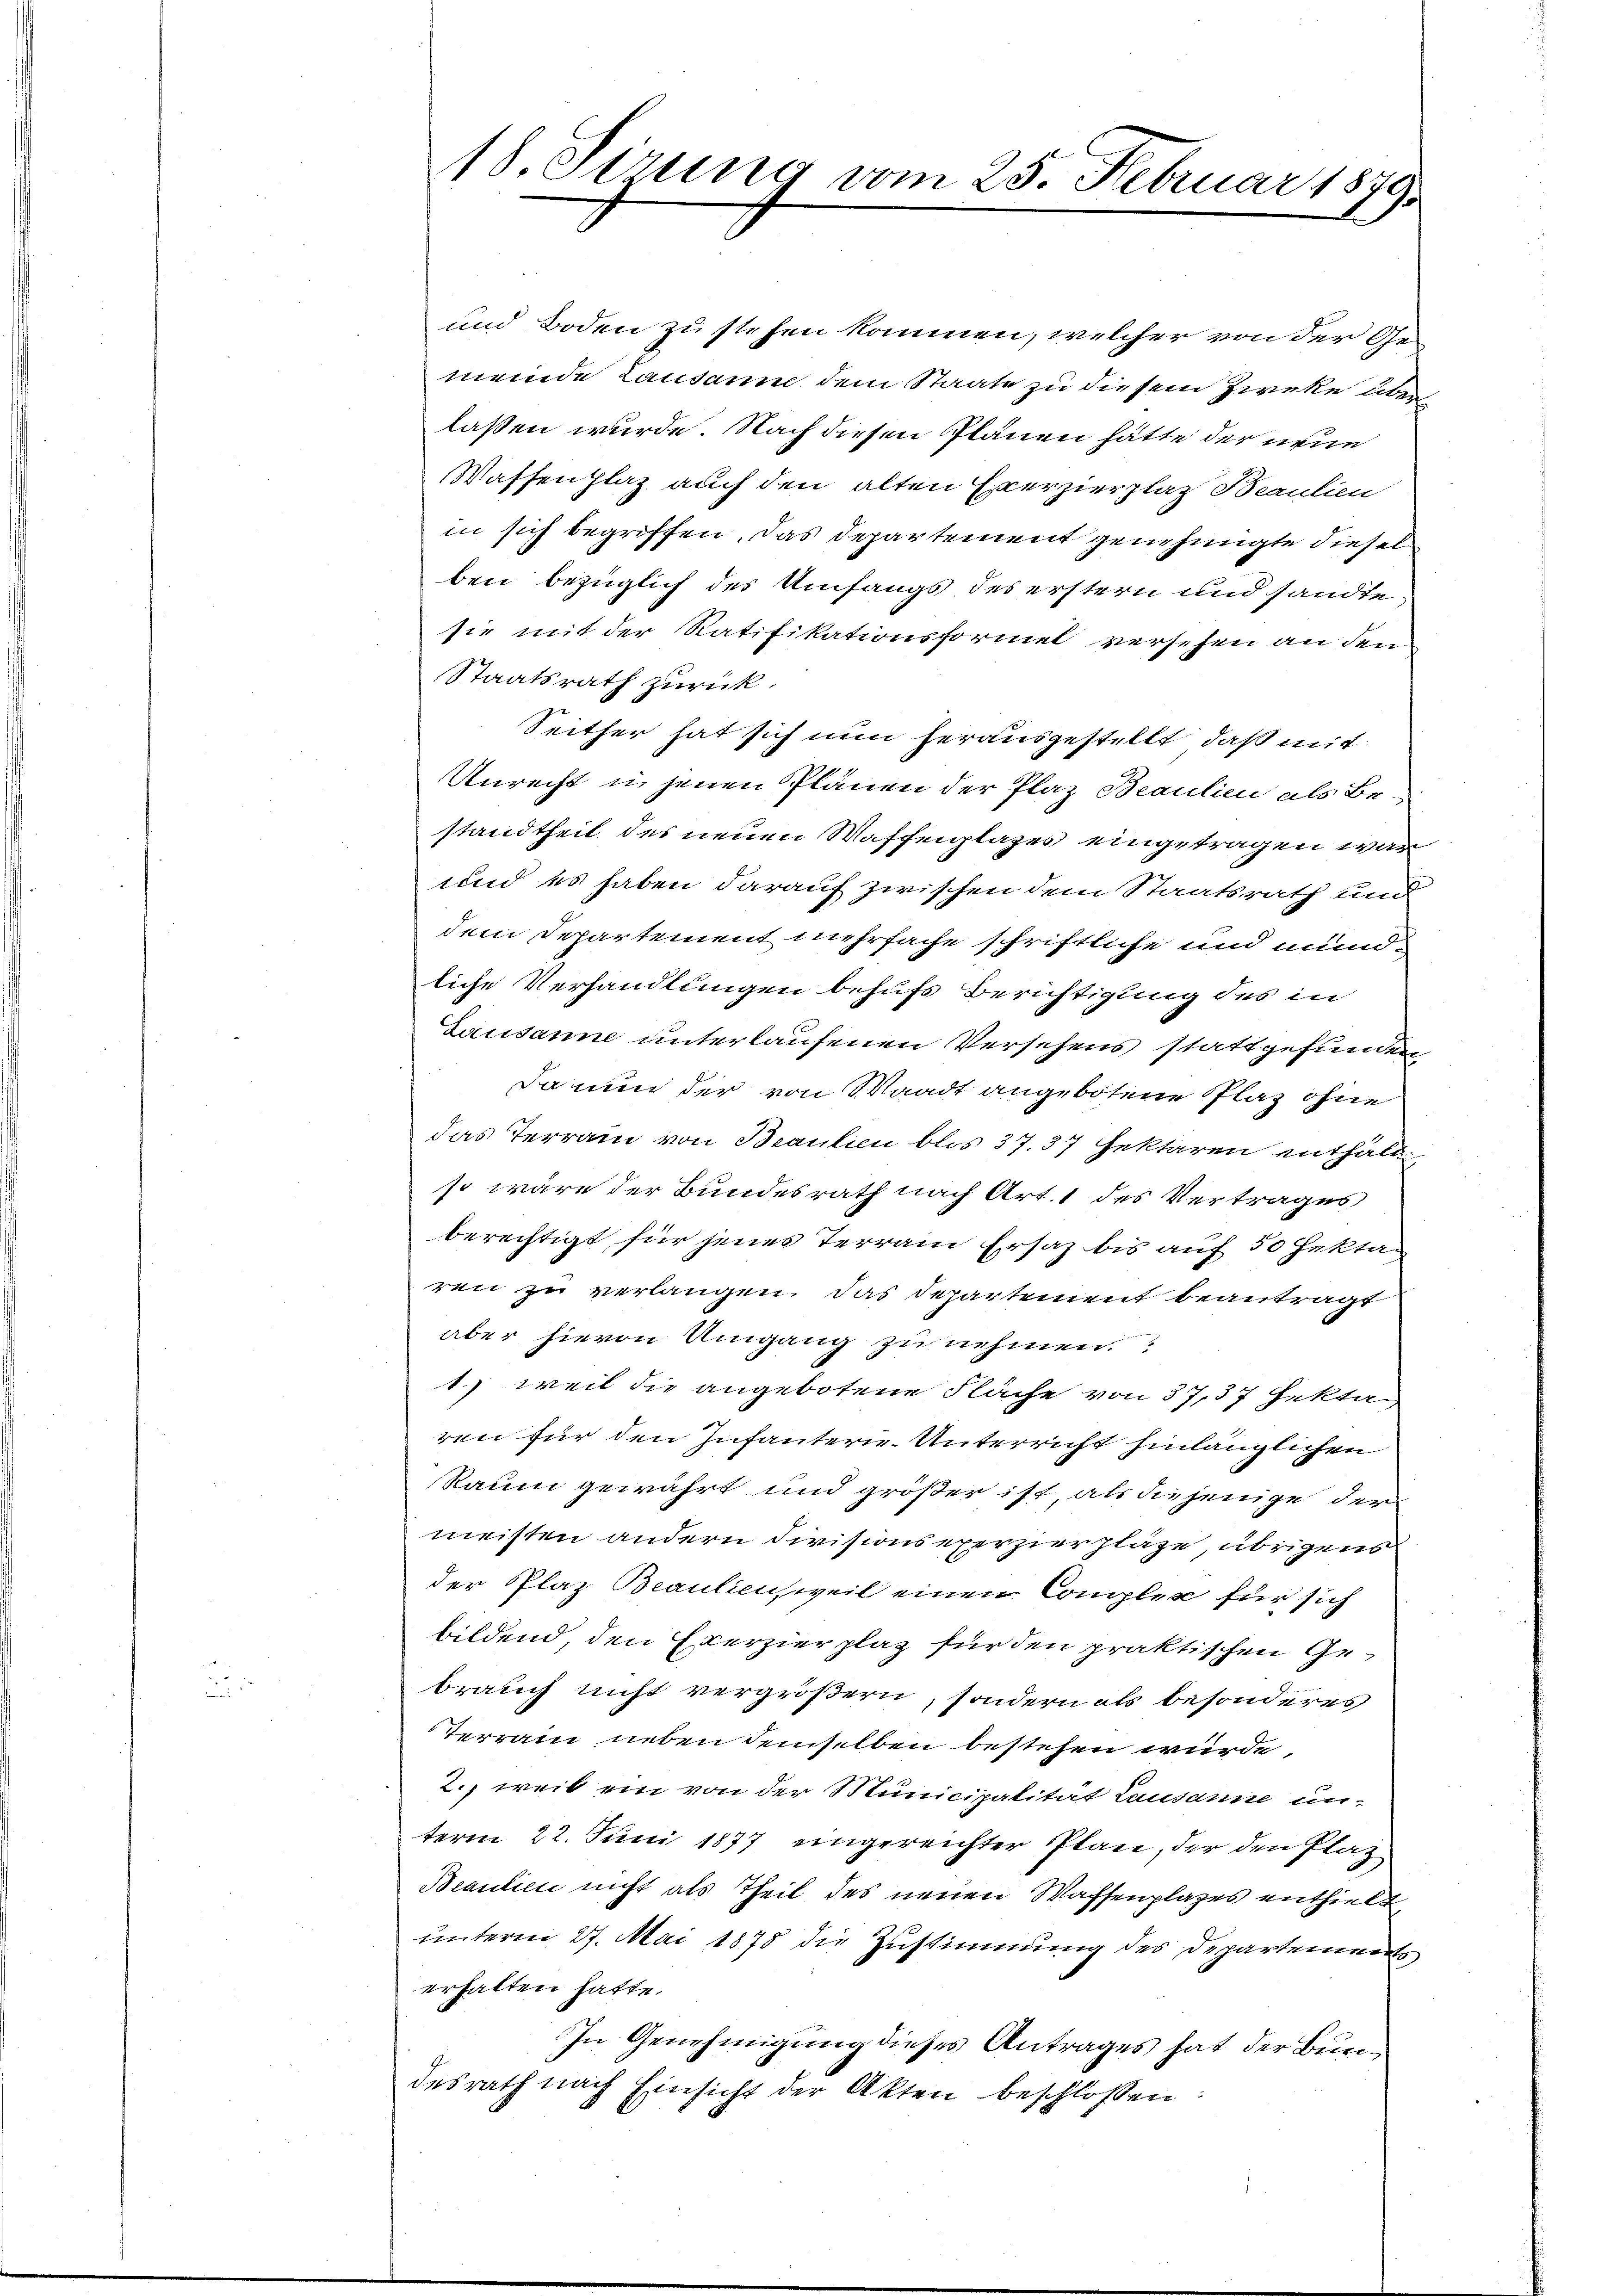
und Boden zu stehen kommen, welcher von der Gemeinde Lausanne dem Staate zu diesem Zweke überlaßen wurde. Nach diesen Plänen hätte der neue
Waffenplaz auch den alten Exerzierplatz Beaulien
in sich begriffen, das Departement genehmigte diesel
ben bezüglich des Umfangs des erstern und sandte
sie mit der Ratifikationsformel versehen an den
Staatsrath zurück.
Seither hat sich nun herausgestellt, daß mit
Unrecht u. jenen Plänen der Plaz Beaulien als Bestandtheil des neuen Waffenplazes eingetragen war
und es haben darauf zwischen dem Staatsrath und
dem Departement mehrfache schriftliche und mündliche Verhandlungen behufs Berichtigung des in
Lausanne unterlaufenen Versehens stattgefunden
Da nun der von Waadt angebotene Plaz ohne
das Terrain von Braulien blos 37. 37 Geklaren enthäldso wäre der Bundesrath nach Art. 1 des Vertrages
berechtigt für jenes Terrain Ersatz bis auf 50 Hektaren zu verlangen. Das Departement beantragt
aber hievon Umgang zu nehmen.
1) weil die angebotene Fläche von 37,37 Hektag
ren für den Infanterie-Unterricht hinlänglichen
Raum gewährt und größer ist, als diejenige der
meisten andern Divisions exerzierpläze, übrigens
der Plaz Beaulien, weil einen Complex für sich
bildend, den Exerzierplaz für den praktischen Gebrauch nicht vergrößern, sondern als besonderes
Terrain neben demselben bestehen würde.
2., weil ein von der Municipalität Lausanne unterm 22. Juni 1877 eingereichter Plan, der den Plaz
Beaulien nicht als Theil des neuen Waffenplazes enthielt,
unterm 27. Mai 1878 die Zustimmung des Departements
erhalten hatte.
In Genehmigung dieses Antrages hat der Burdesrath nach Einsicht der Akten beschlossen:

18. Sirung vom 25. Februar 1879.